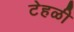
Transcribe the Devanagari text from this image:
टेहळी